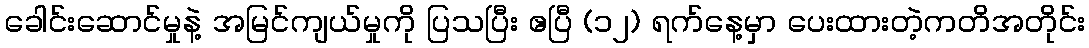
ခေါင်းဆောင်မှုနဲ့ အမြင်ကျယ်မှုကို ပြသပြီး ဧပြီ (၁၂) ရက်နေ့မှာ ပေးထားတဲ့ကတိအတိုင်း